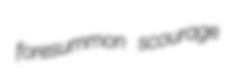
foresummon scourage